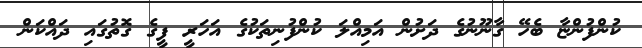
ކުންފުންޏާ ބެހޭ ގާނޫނުގެ ދަށުން އަމިއްލަ ކުންފުނިތަކުގެ އަހަރީ ފީގެ ގޮތުގައި ދައްކަން